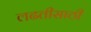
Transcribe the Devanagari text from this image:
लढतीसाठी